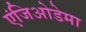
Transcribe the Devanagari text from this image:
एंजिओडेमा